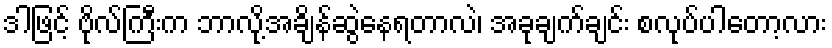
ဒါဖြင့် ဗိုလ်ကြီးက ဘာလို့အချိန်ဆွဲနေရတာလဲ၊ အခုချက်ချင်း စလုပ်ပါတော့လား